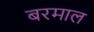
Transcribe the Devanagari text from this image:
बरमाल